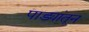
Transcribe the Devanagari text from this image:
पाड्यांतून